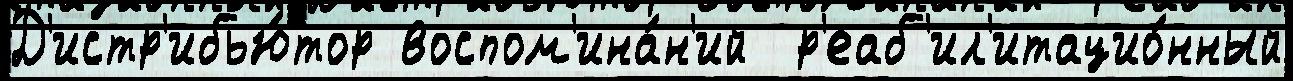
Д'истр'ибью́тор воспом'ина́н'ий  р'еаб'ил'итацио́нный